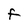
Character: F